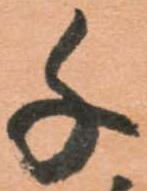
千